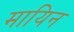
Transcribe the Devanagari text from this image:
मायिन